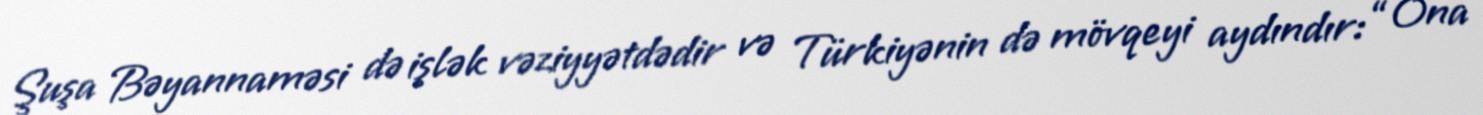
Şuşa Bəyannaməsi də işlək vəziyyətdədir və Türkiyənin də mövqeyi aydındır: “Ona